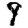
Digit: 9